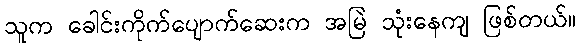
သူက ခေါင်းကိုက်ပျောက်ဆေးက အမြဲ သုံးနေကျ ဖြစ်တယ်။